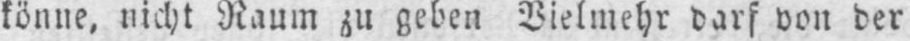
könne, nicht Raum zu geben Vielmehr darf von der